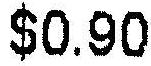
$0.90